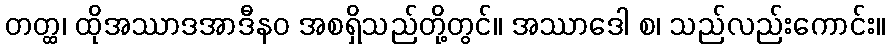
တတ္ထ၊ ထိုအဿာဒအာဒီနဝ အစရှိသည်တို့တွင်။ အဿာဒေါ စ၊ သည်လည်းကောင်း။